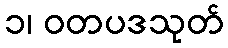
၁၊ ဝတပဒသုတ်